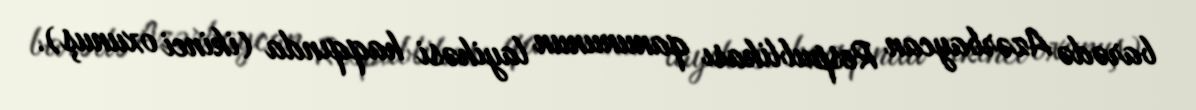
barədə Azərbaycan Respublikası qanununun layihəsi haqqında (ikinci oxunuş).